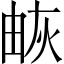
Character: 𤉕